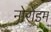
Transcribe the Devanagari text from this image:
नोरोडम